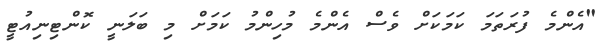
"އެންމެ ފުރަތަމަ ކަމަކަށް ވެސް އެންމެ މުހިންމު ކަމަށް މި ބަލަނީ ކޮންޓިނިއުޓީ